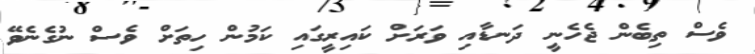
ވެސް ތިބެން ޖެހެނީ ދަނޑާއި ވަރަށް ކައިރީގައި ކަމުން ހިތަށް ވެސް ނުގެނެވޭ